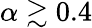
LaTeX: \alpha\gtrsim 0.4